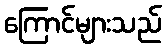
ကြောင်များသည်